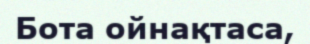
Бота ойнақтаса,